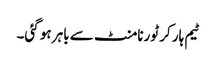
ٹیم ہار کر ٹورنامنٹ سے باہر ہو گئی۔